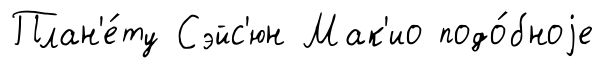
План'е́ту Сэйс'юн Мак'ио подо́бноjе